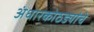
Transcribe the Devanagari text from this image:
अंधारकोठड्यांचे